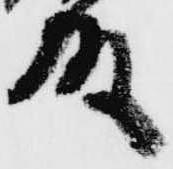
殿